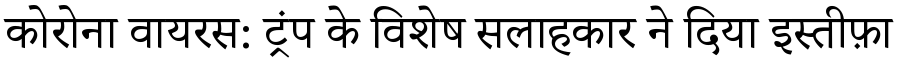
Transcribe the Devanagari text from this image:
कोरोना वायरस: ट्रंप के विशेष सलाहकार ने दिया इस्तीफ़ा